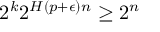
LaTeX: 2 ^ { k } 2 ^ { H ( p + \epsilon ) n } \geq 2 ^ { n }